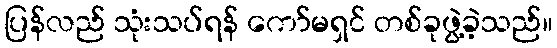
ပြန်လည် သုံးသပ်ရန် ကော်မရှင် တစ်ခုဖွဲ့ခဲ့သည်။